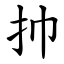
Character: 㧆